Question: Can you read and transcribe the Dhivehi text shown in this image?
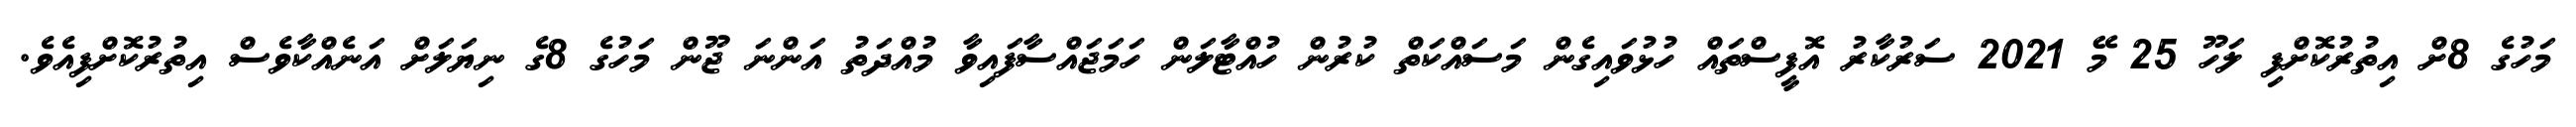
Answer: މަހުގެ 8ށް އިތުރުކޮށްފި ލަހޫ 25 މޭ 2021 ސަރުކާރު އޮފީސްތައް ހުޅުވައިގެން މަސައްކަތް ކުރުން ހުއްޓާލަން ހަމަޖައްސާފައިވާ މުއްދަތު އަންނަ ޖޫން މަހުގެ 8ގެ ނިޔަލަށް އަނެއްކާވެސް އިތުރުކޮށްފިއެވެ.